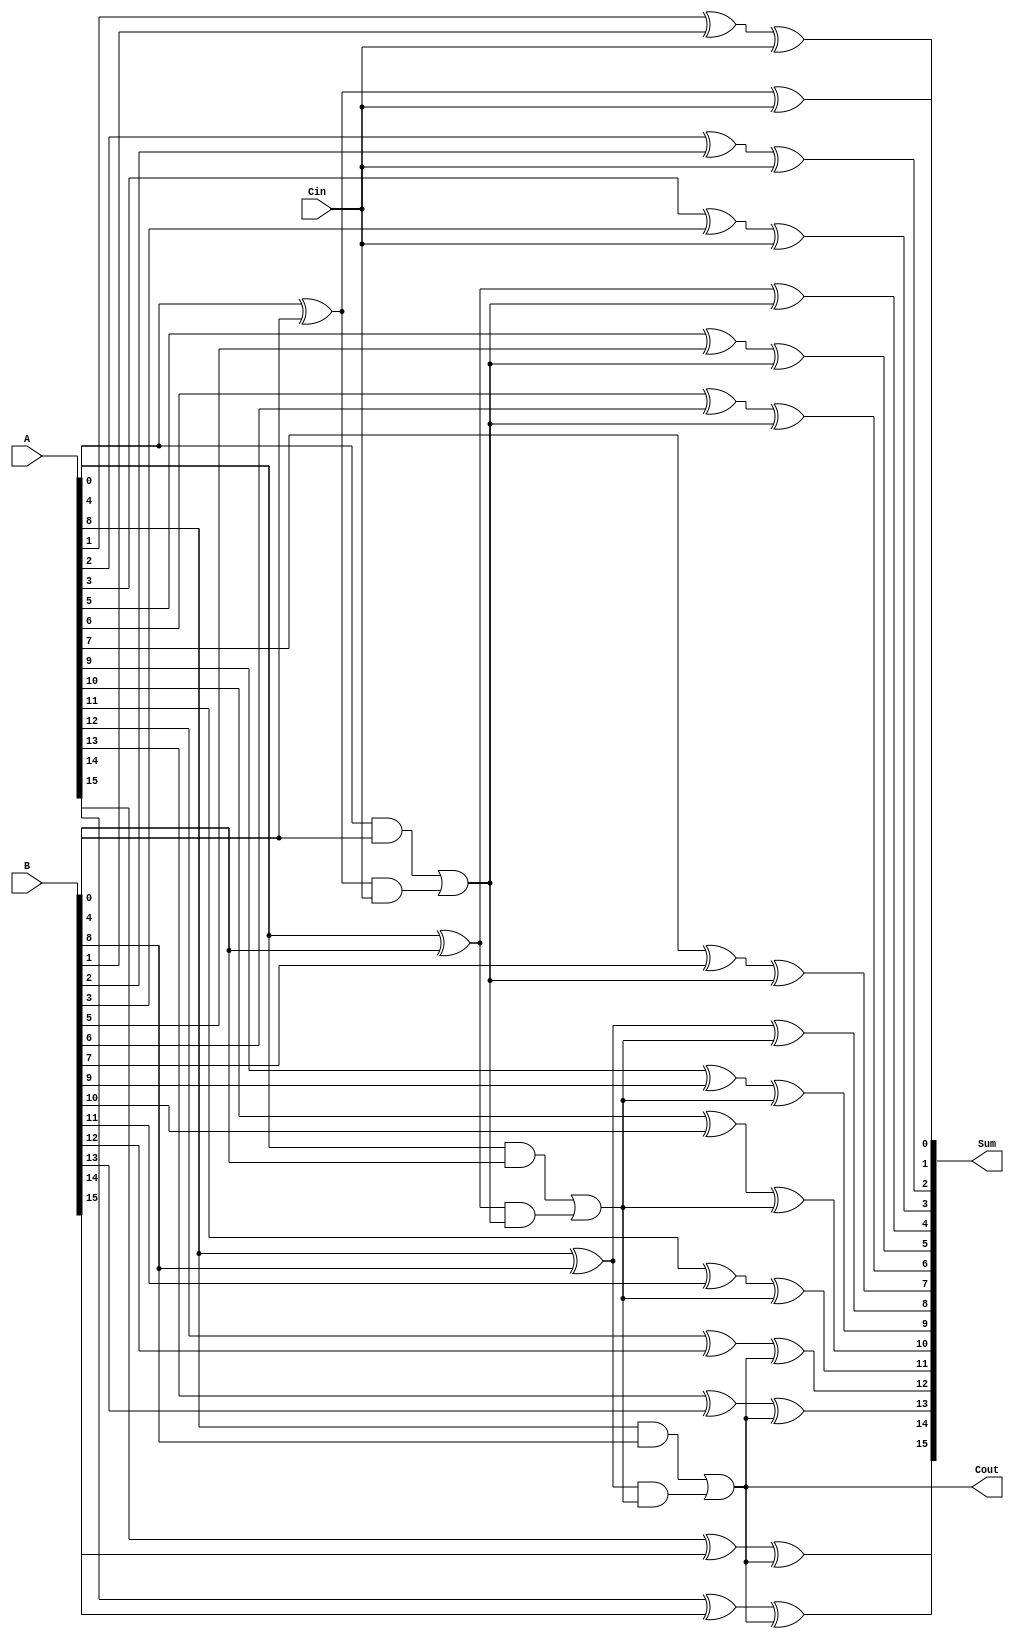
module ConditionalCarrySelectAdder #(
    parameter N = 16, // Total bit width
    parameter M = 4   // Number of segments
) (
    input [N-1:0] A,    // First operand
    input [N-1:0] B,    // Second operand
    input Cin,          // Carry in
    output [N-1:0] Sum, // Sum output
    output Cout         // Carry out
);

    localparam K = N / M; // Width of each segment

    // Generate and Propagate signals
    wire [M-1:0] G[M-1:0]; // Generate signals for each segment
    wire [M-1:0] P[M-1:0]; // Propagate signals for each segment
    wire [M:0] C0;         // Carry when Cin = 0
    wire [M:0] C1;         // Carry when Cin = 1

    // Generate and Propagate calculation for each segment
    genvar i, j;
    generate
        for (i = 0; i < M; i = i + 1) begin : segment
            for (j = 0; j < K; j = j + 1) begin : bit
                assign G[i][j] = A[i*K + j] & B[i*K + j]; // Generate
                assign P[i][j] = A[i*K + j] ^ B[i*K + j]; // Propagate
            end
            
            // Carry calculations
            if (i == 0) begin
                assign C0[i] = Cin; // First segment carry-in
                assign C1[i] = Cin; // First segment carry-in
            end else begin
                assign C0[i] = G[i-1] | (P[i-1] & C0[i-1]); // Carry when Cin = 0
                assign C1[i] = G[i-1] | (P[i-1] & C1[i-1]); // Carry when Cin = 1
            end
        end
    endgenerate

    // Final carry-out
    assign Cout = C1[M-1];

    // Sum calculation
    generate
        for (i = 0; i < M; i = i + 1) begin : sum_calc
            for (j = 0; j < K; j = j + 1) begin : sum_bit
                assign Sum[i*K + j] = P[i][j] ^ (Cin ? C1[i] : C0[i]); // Segment sum
            end
        end
    endgenerate

endmodule